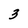
Character: 3